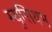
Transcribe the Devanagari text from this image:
म्युसियम